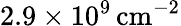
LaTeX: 2.9\times 10^{9}\, \mathrm{{cm}^{-2}}